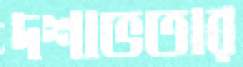
দশাভতার